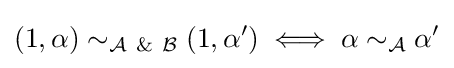
(1,\alpha )\sim _{{\mathcal {A}}\ \&\ {\mathcal {B}}}(1,\alpha ')\iff \alpha \sim _{\mathcal {A}}\alpha '